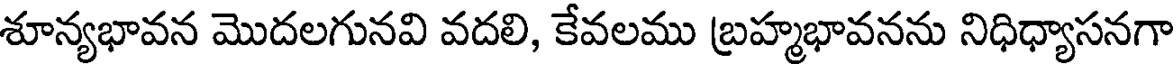
శూన్యభావన మొదలగునవి వదలి, కేవలము బ్రహ్మభావనను నిధిధ్యాసనగా